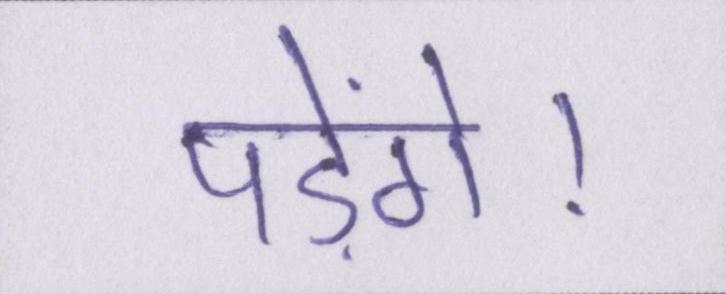
पड़ेंगे।